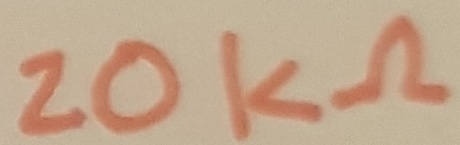
Text: 20KΩ